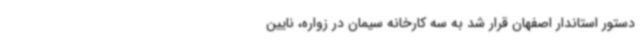
دستور استاندار اصفهان قرار شد به سه کارخانه سیمان در زواره، نایین